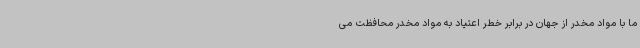
ما با مواد مخدر از جهان در برابر خطر اعتیاد به مواد مخدر محافظت می